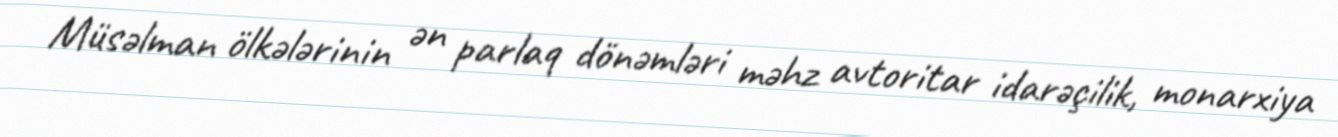
Müsəlman ölkələrinin ən parlaq dönəmləri məhz avtoritar idarəçilik, monarxiya